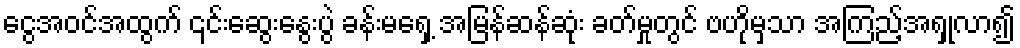
ငွေအဝင်အထွက် ၎င်းဆွေးနွေးပွဲ ခန်းမရှေ့ အမြန်ဆန်ဆုံး ခတ်မှုတွင် ဗဟိုမှသာ အကြည့်အရှုလာ၍